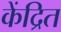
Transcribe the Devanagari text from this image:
केंद्रित